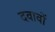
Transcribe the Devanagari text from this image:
दवावों